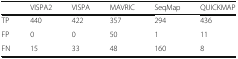
<table><thead><tr><td></td><td><b>VISPA2</b></td><td><b>VISPA</b></td><td><b>MAVRIC</b></td><td><b>SeqMap</b></td><td><b>QUICKMAP</b></td></tr></thead><tbody><tr><td>TP</td><td>440</td><td>422</td><td>357</td><td>294</td><td>436</td></tr><tr><td>FP</td><td>0</td><td>0</td><td>50</td><td>1</td><td>11</td></tr><tr><td>FN</td><td>15</td><td>33</td><td>48</td><td>160</td><td>8</td></tr></tbody></table>